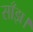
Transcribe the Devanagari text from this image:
साँझ।